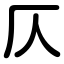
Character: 仄